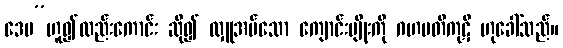
ဒေမ”ဟူ၍လည်းကောင်း ဆို၍ လှူအပ်သော ကျောင်းမျိုးကို ဂဟပတိကုဋိ ဟုခေါ်သည်။